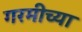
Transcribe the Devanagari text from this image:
गरमीच्या